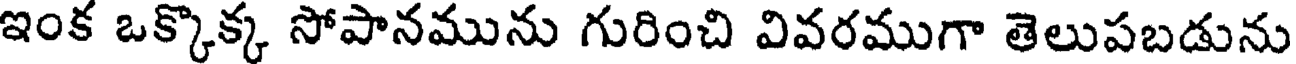
ఇంక ఒక్కొక్క సోపానమును గురించి వివరముగా తెలుపబడును